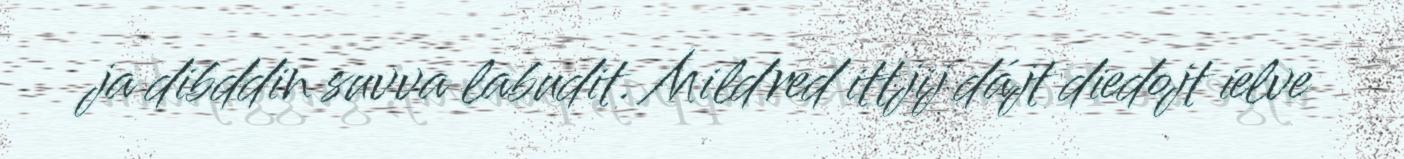
ja dibddin suvva labudit. Mildred ittjij dájt diedojt ielve